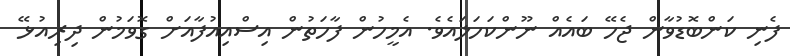
ފެނި ކަންބޮޑުވާން ޖެހޭ ބައެއް ނޫންކަހަލައެވެ. އެމީހުން ފާހަތުން އިސްއިއުފާއަށް ގޮވަމުން ދިރިއުޅޭ